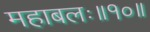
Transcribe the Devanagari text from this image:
महाबलः॥१०॥